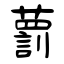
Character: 藅